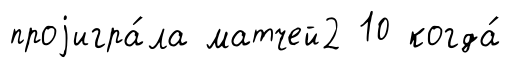
проjигра́ла матчей2 10 когда́